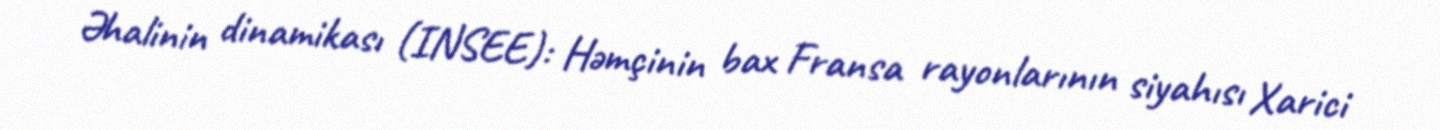
Əhalinin dinamikası (INSEE): Həmçinin bax Fransa rayonlarının siyahısı Xarici